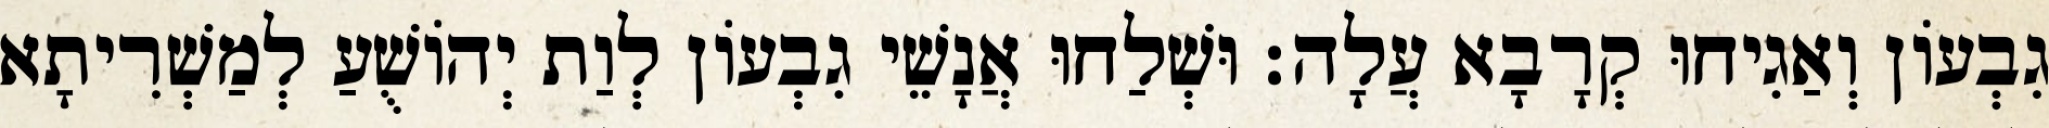
גִבְעוֹן וְאַגִיחוּ קְרָבָא עֲלָה׃ וּשְׁלַחוּ אֲנָשֵׁי גִבְעוֹן לְוַת יְהוֹשֻׁעַ לְמַשְׁרִיתָא